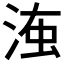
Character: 𣶨